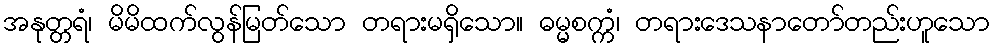
အနုတ္တရံ၊ မိမိထက်လွန်မြတ်သော တရားမရှိသော။ ဓမ္မစက္ကံ၊ တရားဒေသနာတော်တည်းဟူသော